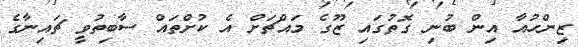
ޒިންހުއާ އިން ބުނި ގޮތުގައި ޒޫގެ މައްޗަށް އެ ކުށްތައް ސާބިތުވީ ޗައިނާގެ